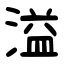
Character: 溢